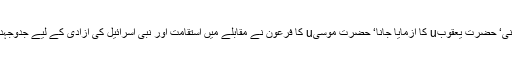
حضرت اسماعیلu کی قربانی‘ حضرت یعقوبu کا آزمایا جانا‘ حضرت موسیu کا فرعون نے مقابلے میں استقامت اور نبی اسرائیل کی آزادی کے لیے جدوجہد ہمارے لیے سبق آموز ہے۔